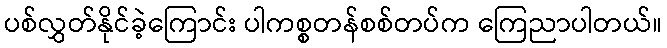
ပစ်လွှတ်နိုင်ခဲ့ကြောင်း ပါကစ္စတန်စစ်တပ်က ကြေညာပါတယ်။